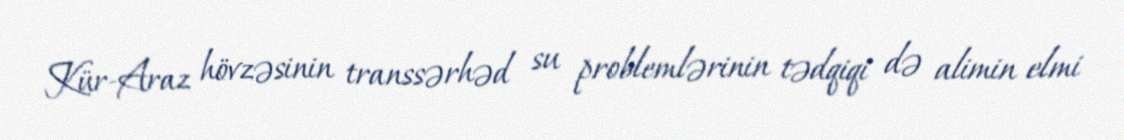
Kür-Araz hövzəsinin transsərhəd su problemlərinin tədqiqi də alimin elmi